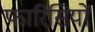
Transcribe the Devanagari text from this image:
फारिसियों